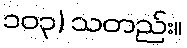
၁၀၃) သတည်း။